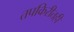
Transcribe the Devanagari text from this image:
तपकिरीतही